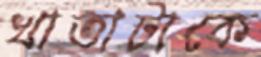
খাতাটাকে